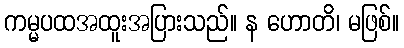
ကမ္မပထအထူးအပြားသည်။ န ဟောတိ၊ မဖြစ်။